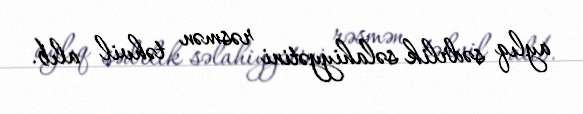
aylıq sədrlik səlahiyyətini rəsmən təhvil alıb.